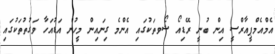
އެމްއެމްޕީއާރްސީ އިން ބުނީ ރޭޑިއޯ ޝޯވތަކުގައި އެންމެ ގިނައިން މީހުން އަޑުއަހާ ވަގުތުތަކުގައި